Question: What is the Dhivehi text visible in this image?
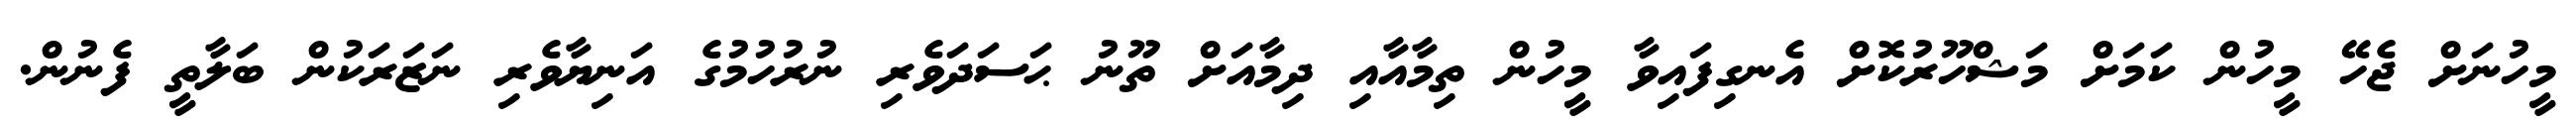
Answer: މީހުނަށް ޖެހޭ މީހުން ކަމަށް މަޝްހޫރުކޮށް އެނގިފައިވާ މީހުން ތިމާއާއި ދިމާއަށް ތޫނު ޙަސަދަވެރި ނުރުހުމުގެ އަނިޔާވެރި ނަޒަރަކުން ބަލާތީ ފެނުން.